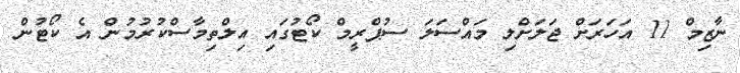
ނާޒިމް 11 އަހަރަށް ޖަލަށްލި މައްސަލަ ސުޕްރީމް ކޯޓުގައި އިލްތިމާސްކުރުމުން އެ ކޯޓުން